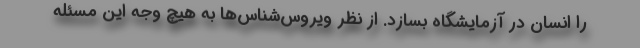
را انسان در آزمایشگاه بسازد. از نظر ویروس‌شناس‌ها به هیچ وجه این مسئله